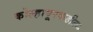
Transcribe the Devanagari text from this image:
कोल्हापूरकडील